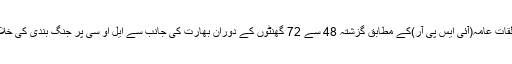
منگل کو پاک فوج کے شعبہ تعلقات عامہ(آئی ایس پی آر)کے مطابق گزشتہ 48 سے 72 گھنٹوں کے دوران بھارت کی جانب سے ایل او سی پر جنگ بندی کی خلاف ورزیوں میں اضافہ ہوا ہے ۔